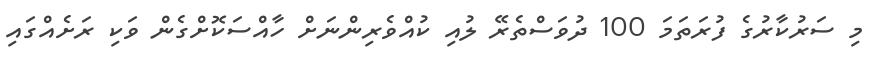
މި ސަރުކާރުގެ ފުރަތަމަ 100 ދުވަސްތެރޭ ލުއި ކުއްވެރިންނަށް ހާއްސަކޮށްގެން ވަކި ރަށެއްގައި